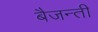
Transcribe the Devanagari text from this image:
बैजन्ती